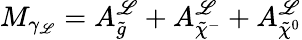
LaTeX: M_{\gamma_{\mathscr{L}}}=A_{\tilde{{g}}}^{\mathscr{L}}+A_{\tilde{{\chi}}^{-}}^{\mathscr{L}}+A_{\tilde{{\chi}}^{0}}^{\mathscr{L}}